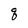
Character: q